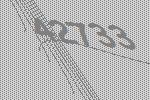
42733